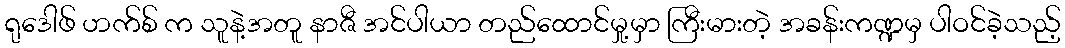
ရုဒေါဖ် ဟက်စ် က သူနဲ့အတူ နာဇီ အင်ပါယာ တည်ထောင်မှု့မှာ ကြီးမားတဲ့ အခန်းကဏ္ဍမှ ပါဝင်ခဲ့သည့်